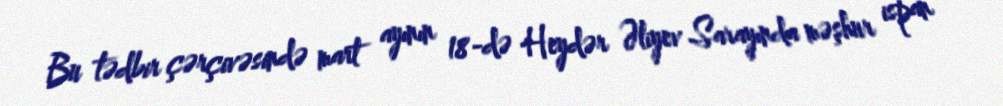
Bu tədbir çərçivəsində mart ayının 18-də Heydər Əliyev Sarayında məşhur ispan